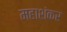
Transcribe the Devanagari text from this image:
महाशंकर